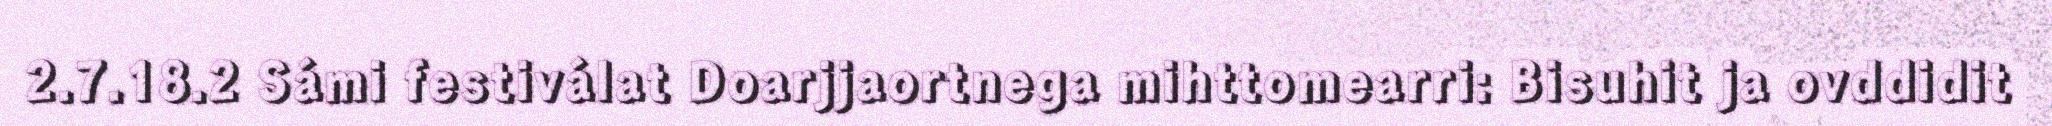
2.7.18.2 Sámi festiválat Doarjjaortnega mihttomearri: Bisuhit ja ovddidit